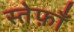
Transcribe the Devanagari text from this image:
स्तेफ़ाँ